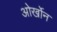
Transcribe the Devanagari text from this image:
ओर्खोन